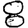
Digit: 8